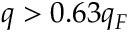
q > 0 . 6 3 q _ { F }